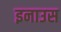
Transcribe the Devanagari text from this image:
इनाउस